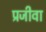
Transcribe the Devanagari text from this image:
प्रजीवा